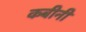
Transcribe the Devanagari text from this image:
कबीनी